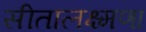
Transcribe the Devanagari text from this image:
सीतालक्ष्मणा